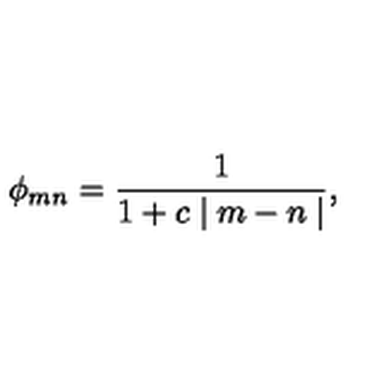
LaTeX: \phi _ { m n } = \frac { 1 } { 1 + c \mid m - n \mid } ,